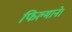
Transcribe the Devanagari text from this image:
फिल्माने।